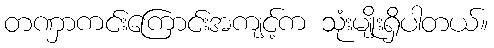
တဏှာကင်းကြောင်းအကျင့်က သုံးမျိုးရှိပါတယ်။